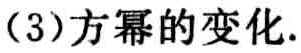
（3）方幂的变化.